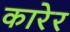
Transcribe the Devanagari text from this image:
कारेर